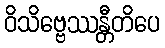
ဝိသိဗ္ဗေဿန္တီတိပေ